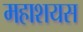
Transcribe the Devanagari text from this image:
महाशयस